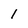
Character: 1